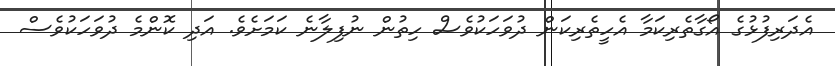
އެދަރިފުޅުގެ އޯގާތެރިކަމާ އެހީތެރިކަން ދުވަހަކުވެސް ހިތުން ނުފިލާނެ ކަމަށެވެ. އަދި ކޮންމެ ދުވަހަކުވެސް